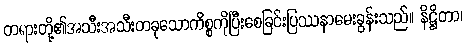
တရားတို့၏အသီးအသီးတခုသောကိစ္စကိုပြီးစေခြင်းပြဿနာမေးခွန်းသည်။ နိဋ္ဌိတာ၊